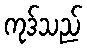
ကုဒ်သည်